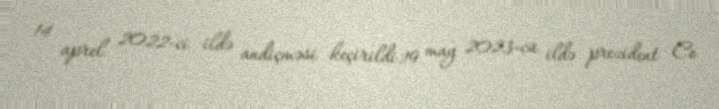
14 aprel 2022-ci ildə andiçməsi keçirildi.19 may 2023-cü ildə prezident Co